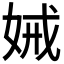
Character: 𭑺